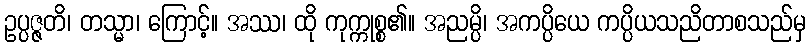
ဥပ္ပဇ္ဇတိ၊ တသ္မာ၊ ကြောင့်။ အဿ၊ ထို ကုက္ကုစ္စ၏။ အညမ္ပိ၊ အကပ္ပိယေ ကပ္ပိယသညိတာစသည်မှ